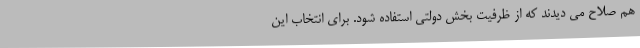
هم صلاح می‌ دیدند که از ظرفیت بخش دولتی استفاده شود. برای انتخاب این